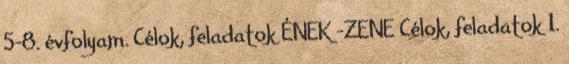
5-8. évfolyam. Célok, feladatok ÉNEK -ZENE Célok, feladatok 1.